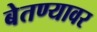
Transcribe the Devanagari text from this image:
बेतण्यावर